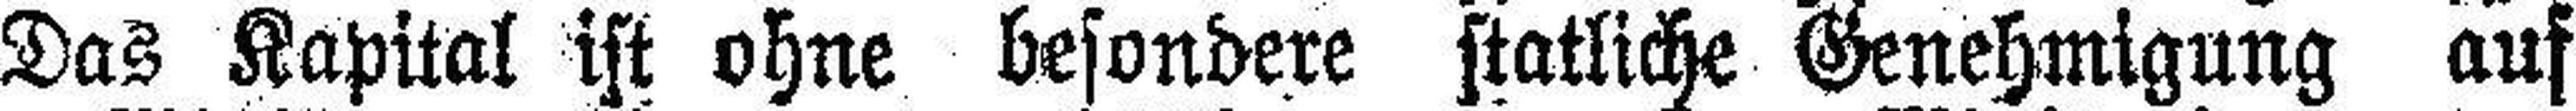
Das Kapital ist ohne besondere statliche Genehmigung auf